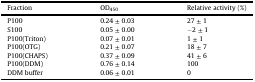
| Fraction | OD450 | Relative activity (%) |
 | --- | --- | --- |
 | P100 | 0.24 ± 0.03 | 27 ± 1 |
 | S100 | 0.05 ± 0.00 | −2 ± 1 |
 | P100(Triton) | 0.07 ± 0.01 | 1 ± 1 |
 | P100(OTG) | 0.21 ± 0.07 | 18 ± 7 |
 | P100(CHAPS) | 0.37 ± 0.09 | 41 ± 6 |
 | P100(DDM) | 0.76 ± 0.14 | 100 |
 | DDM buffer | 0.06 ± 0.01 | 0 |